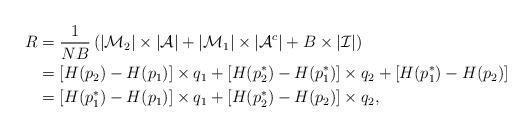
LaTeX: \begin{align*}R &=\frac{1}{NB}\left(|\mathcal{M}_2|\times|\mathcal{A}| +|\mathcal{M}_1|\times|\mathcal{A}^c|+ B\times|\mathcal{I}|\right)\\ &=[H(p_2)-H(p_1)]\times q_1 +[H(p_2^*)-H(p_1^*)]\times q_2+[H(p_1^*)-H(p_2)]\\ &=[H(p_1^*)-H(p_1)]\times q_1 +[H(p_2^*)-H(p_2)]\times q_2,\end{align*}